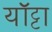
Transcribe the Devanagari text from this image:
यॉट्टा